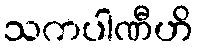
သကပါဏီဟိ